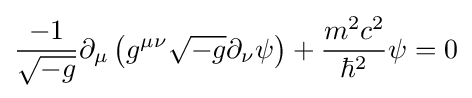
{\frac {-1}{\sqrt {-g}}}\partial _{\mu }\left(g^{\mu \nu }{\sqrt {-g}}\partial _{\nu }\psi \right)+{\frac {m^{2}c^{2}}{\hbar ^{2}}}\psi =0